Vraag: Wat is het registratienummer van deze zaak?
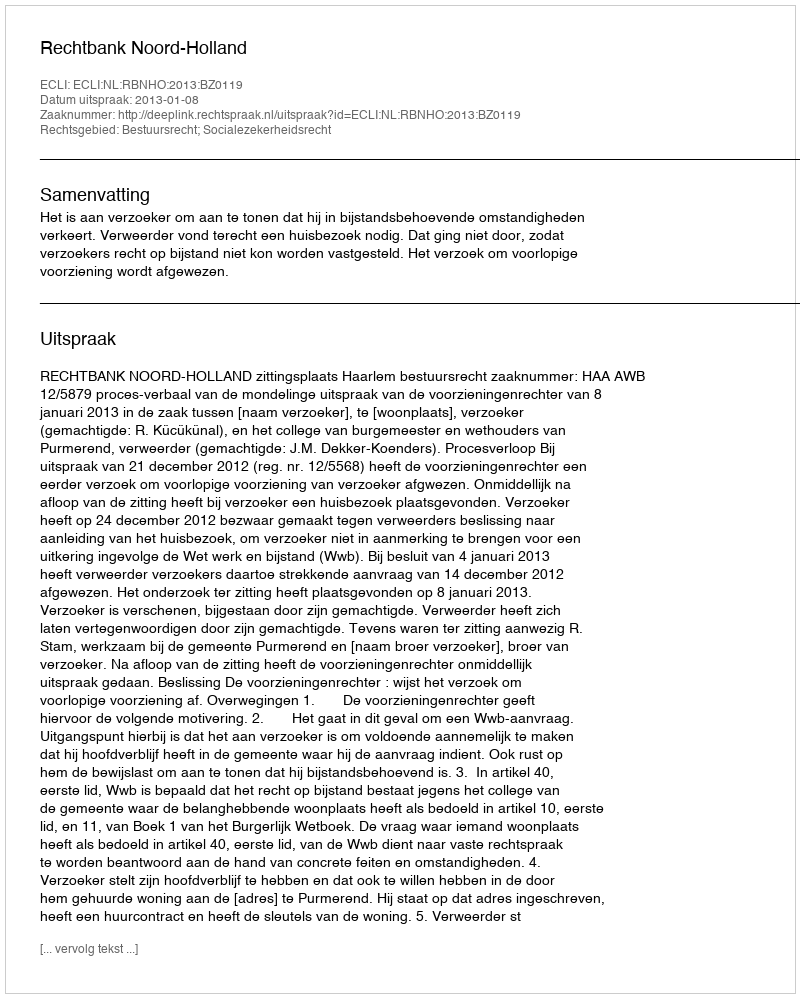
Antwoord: http://deeplink.rechtspraak.nl/uitspraak?id=ECLI:NL:RBNHO:2013:BZ0119